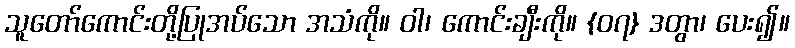
သူတော်ကောင်းတို့ပြုအပ်သော အသံကို။ ဝါ၊ ကောင်းချီးကို။ {၀၇} ဒတွာ၊ ပေး၍။